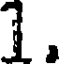
1.